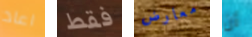
اعاد فقط معارض أن